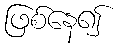
ဖြစ်နေ၍